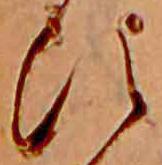
ひ